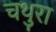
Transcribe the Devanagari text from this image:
चथुरा